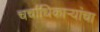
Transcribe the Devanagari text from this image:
चर्चाधिकार्‍यांचा